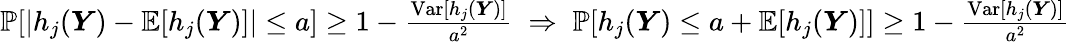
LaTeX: \begin{array}{r}{\mathbb{P}[|h_{j}(\boldsymbol{Y})-\mathbb{E}[h_{j}(\boldsymbol{Y})]|\leq a]\geq 1-\frac{\mathrm{Var}[h_{j}(\boldsymbol{Y})]}{a^{2}}\; \Rightarrow\; \mathbb{P}[h_{j}(\boldsymbol{Y})\leq a+\mathbb{E}[h_{j}(\boldsymbol{Y})]]\geq 1-\frac{\mathrm{Var}[h_{j}(\boldsymbol{Y})]}{a^{2}}}\end{array}